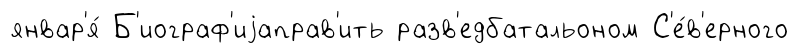
январ'я́ Б'иограф'иjаправ'ить разв'едбатальоном С'е́в'ерного